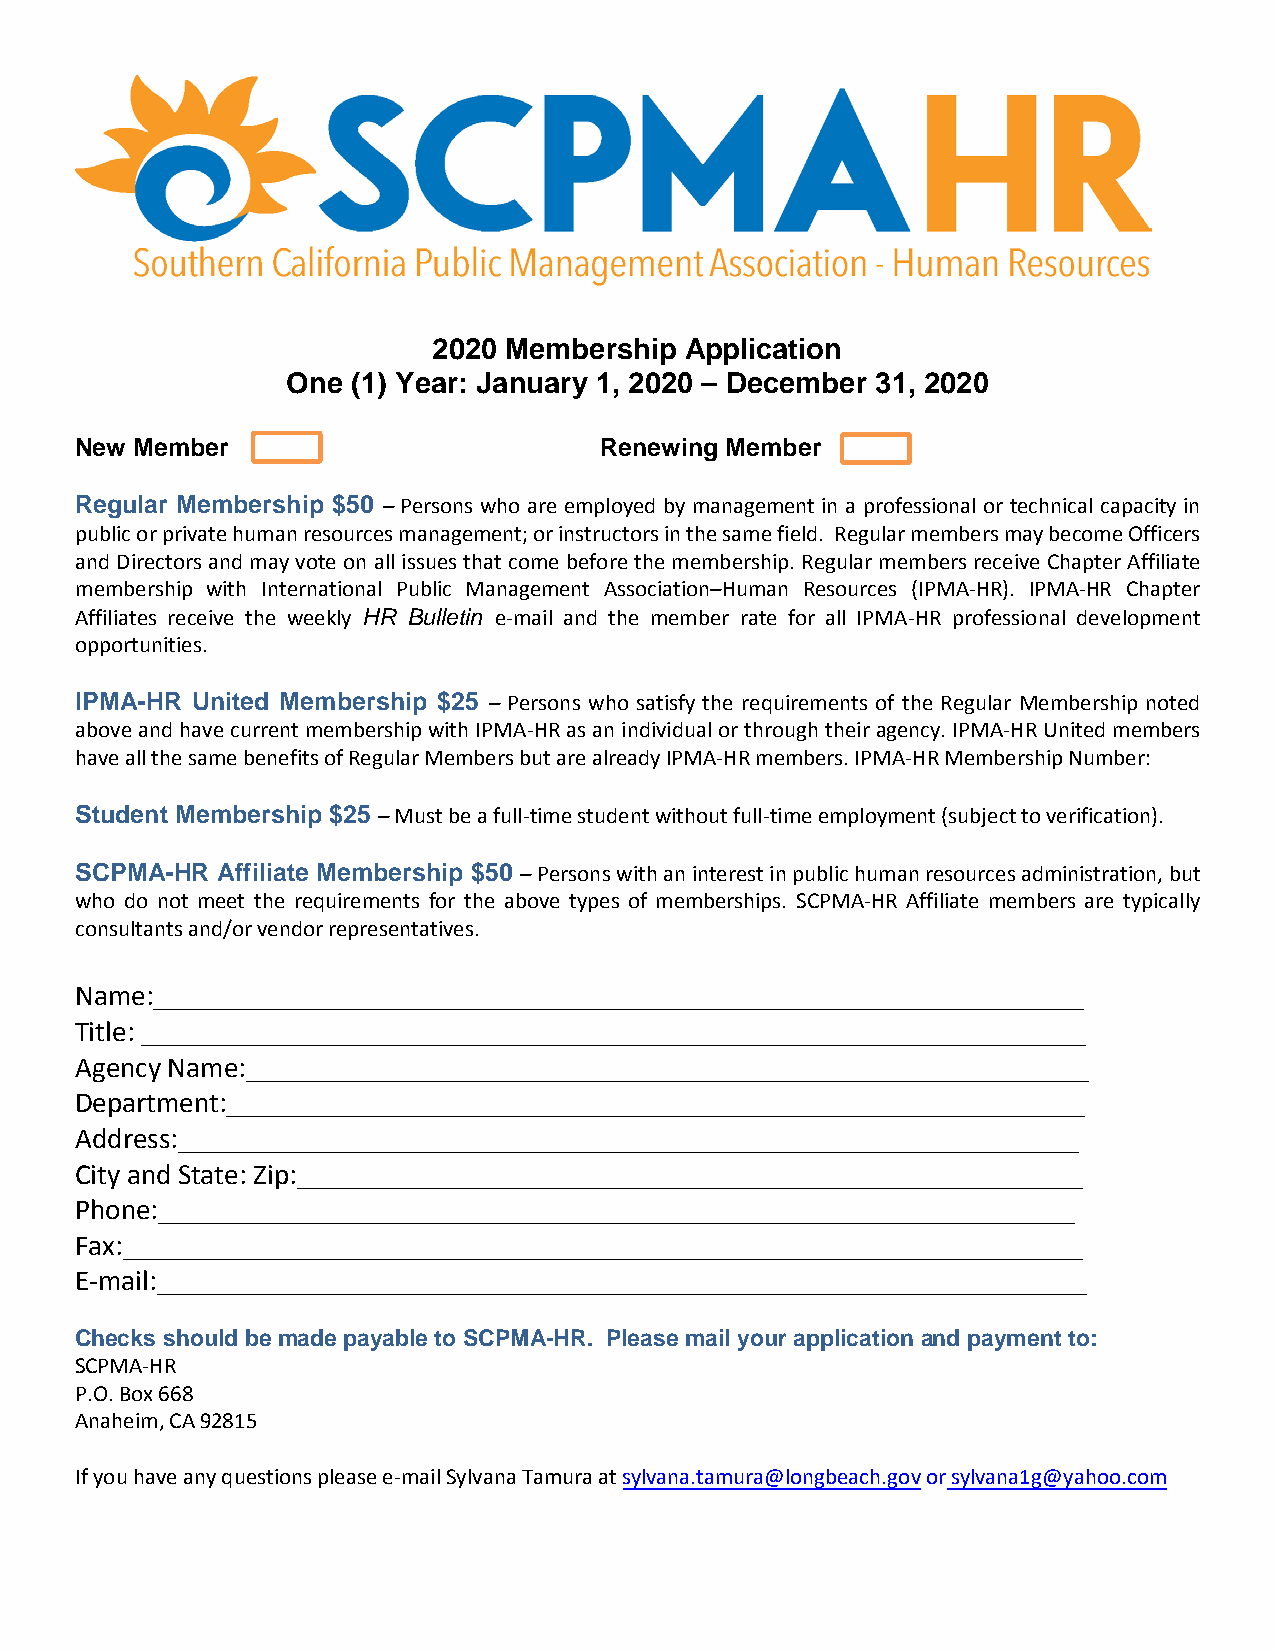
2020 Membership Application
 One (1) Year: January 1, 2020 – December 31, 2020
 New Member                         Renewing Member
 Regular Membership $50 – Persons who are employed by management in a professional or technical capacity in
 public or private human resources management; or instructors in the same field. Regular members may become Officers
 and Directors and may vote on all issues that come before the membership. Regular members receive Chapter Affiliate
 membership with International Public Management Association– Human Resources (IPMA-HR). IPMA-HR Chapter
 Affiliates receive the weekly HR Bulletin e-mail and the member rate for all IPMA-HR professional development
 opportunities.
 IPMA-HR United Membership $25 – Persons who satisfy the requirements of the Regular Membership noted
 above and have current membership with IPMA-HR as an individual or through their agency. IPMA-HR United members
 have all the same benefits of Regular Members but are already IPMA-HR members. IPMA-HR Membership Number:
 Student Membership $25 – Must be a full-time student without full-time employment (subject to verification).
 SCPMA-HR Affiliate Membership $50 – Persons with an interest in public human resources administration, but
 who do not meet the requirements for the above types of memberships. SCPMA-HR Affiliate members are typically
 consultants and/or vendor representatives.
 Name:________________________________________________________________
 Title: _________________________________________________________________
 Agency Name:__________________________________________________________
 Department:___________________________________________________________
 Address:______________________________________________________________
 City and State: Zip:______________________________________________________
 Phone:_______________________________________________________________
 Fax:__________________________________________________________________
 E-mail:________________________________________________________________
 Checks should be made payable to SCPMA-HR. Please mail your application and payment to:
 SCPMA-HR
 P.O. Box 668
 Anaheim, CA 92815
 If you have any questions please e-mail Sylvana Tamura at sylvana.tamura@longbeach.gov or sylvana1g@yahoo.com